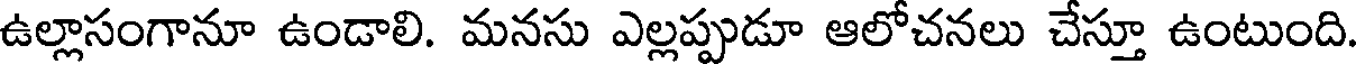
ఉల్లాసంగానూ ఉండాలి. మనసు ఎల్లప్పుడూ ఆలోచనలు చేస్తూ ఉంటుంది